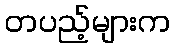
တပည့်များက